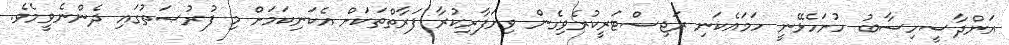
އަންދާސީހިސާބު ހުށަހެޅޭނީ ހަމައެކަނި ރަޖިސްޓަރީކުރެވިގެން ވިޔަފާރިކުރާ ފަރާތްތަކަށް އެކަނިކަމަށް މި ފުރުޞަތުގައި ދެންނެވީމެވެ.